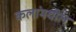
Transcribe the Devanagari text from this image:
कलांमधील